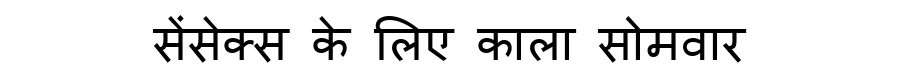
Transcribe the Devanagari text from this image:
सेंसेक्स के लिए काला सोमवार